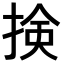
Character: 𢮦